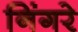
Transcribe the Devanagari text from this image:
निंगरे